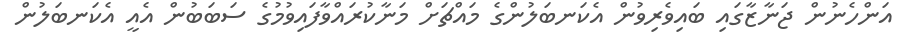
އަންހެނުން ޖަނާޒާގައި ބައިވެރިވުން އެކަނބަލުންގެ މައްޗަށް މަނާކުރައްވާފައިވުމުގެ ސަބަބުން އެއީ އެކަނބަލުން